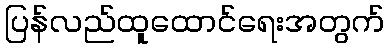
ပြန်လည်ထူထောင်ရေးအတွက်